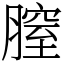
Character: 膣